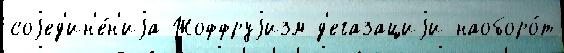
соjед'ин'е́н'иjа Жоффруjизм д'егазациjи наоборо́т